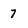
Character: 7